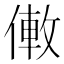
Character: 僌